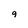
Character: g